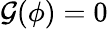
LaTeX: \mathcal{G}(\phi)=0